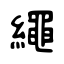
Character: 繩